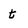
Character: t